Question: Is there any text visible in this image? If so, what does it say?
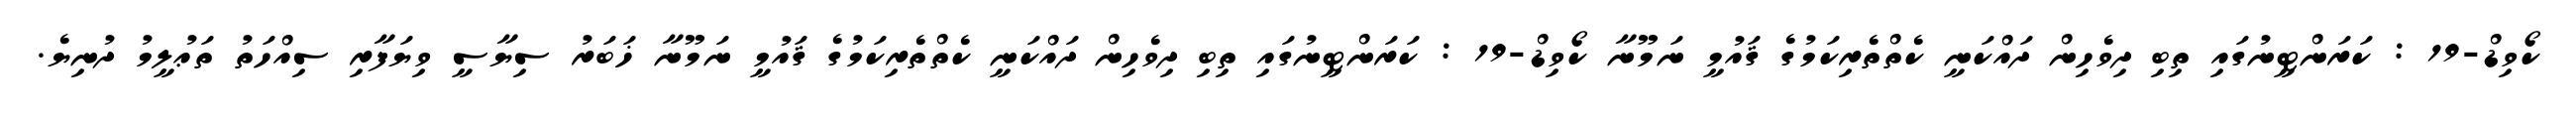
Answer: ކޯވިޑް-19 : ކަރަންޓީނުގައި ތިބި ދިވެހިން ދައްކަނީ ކެތްތެރިކަމުގެ ޤައުމީ ނަމޫނާ ކޯވިޑް-19 : ކަރަންޓީނުގައި ތިބި ދިވެހިން ދައްކަނީ ކެތްތެރިކަމުގެ ޤައުމީ ނަމޫނާ ޚަބަރު ސިޔާސީ ވިޔަފާރި ސިއްހަތު ތަޢުލީމު ދުނިޔެ.